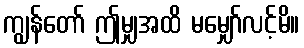
ကျွန်တော် ဤမျှအထိ မမျှော်လင့်မိ။